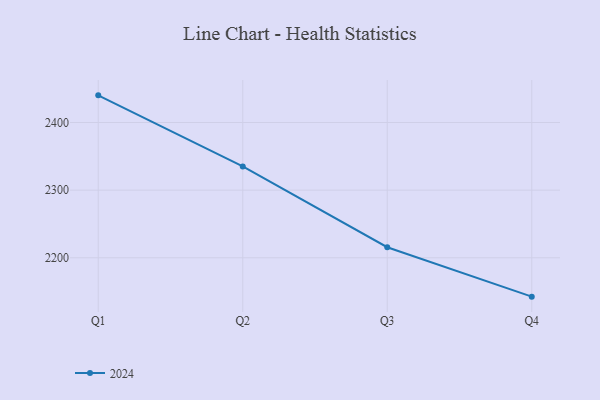
{"axis": {"x": "Quarter", "y": "Budget (USD K)"}, "legend": ["2024"], "data": [{"x": "Q1", "y": 2440.2, "type": "2024"}, {"x": "Q2", "y": 2335.1, "type": "2024"}, {"x": "Q3", "y": 2215.6, "type": "2024"}, {"x": "Q4", "y": 2142.5, "type": "2024"}]}